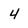
Character: 4